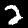
Label: 2